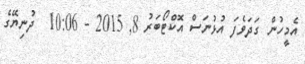
އެމީހުން ގަދަވެފަ އުޅުނަސް އޮކްޓޯބަރު 8